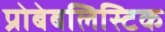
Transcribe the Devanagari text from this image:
प्रोबेबलिस्टिक